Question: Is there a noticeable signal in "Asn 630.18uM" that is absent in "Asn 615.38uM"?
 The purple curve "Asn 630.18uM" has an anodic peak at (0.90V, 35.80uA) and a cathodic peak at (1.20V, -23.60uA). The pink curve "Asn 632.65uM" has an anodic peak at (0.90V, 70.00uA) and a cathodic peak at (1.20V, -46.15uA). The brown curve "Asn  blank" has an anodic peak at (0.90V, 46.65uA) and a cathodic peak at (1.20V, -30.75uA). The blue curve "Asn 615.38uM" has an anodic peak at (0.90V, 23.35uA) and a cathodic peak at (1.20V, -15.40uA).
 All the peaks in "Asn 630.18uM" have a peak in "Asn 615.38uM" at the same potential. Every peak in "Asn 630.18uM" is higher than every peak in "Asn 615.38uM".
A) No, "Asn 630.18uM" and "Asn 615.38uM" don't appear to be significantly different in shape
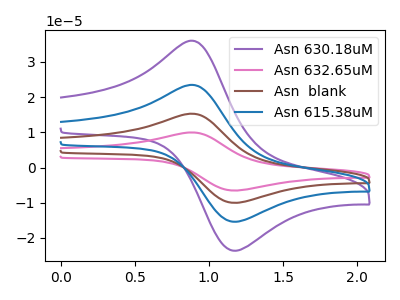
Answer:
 <answer>A) No, "Asn 630.18uM" and "Asn 615.38uM" don't appear to be significantly different in shape</answer>
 <eval>A</eval>